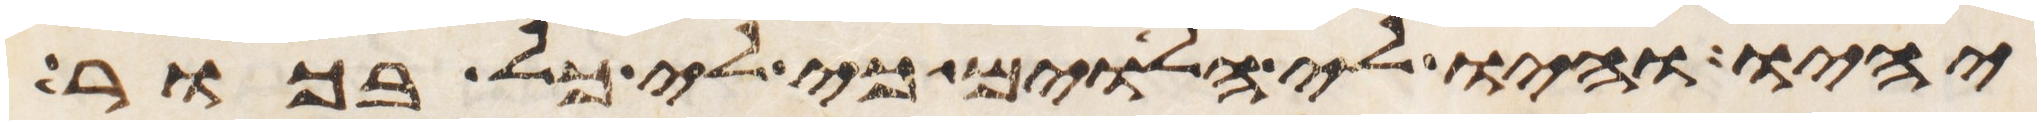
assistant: יהיו והיו לי הלוים כי לי כל בכור